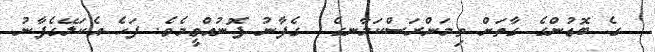
ގެ ބޮޑުންގެ ގާތަށް ތިމަންރަސްކަލާނގެ  ގެފާނު ފޮނުއްވީމެވެ. ފަހެ އެކަލޭގެފާނު